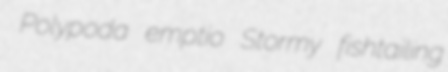
Polypoda emptio Stormy fishtailing